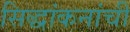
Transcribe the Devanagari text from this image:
सिद्धांकनांची